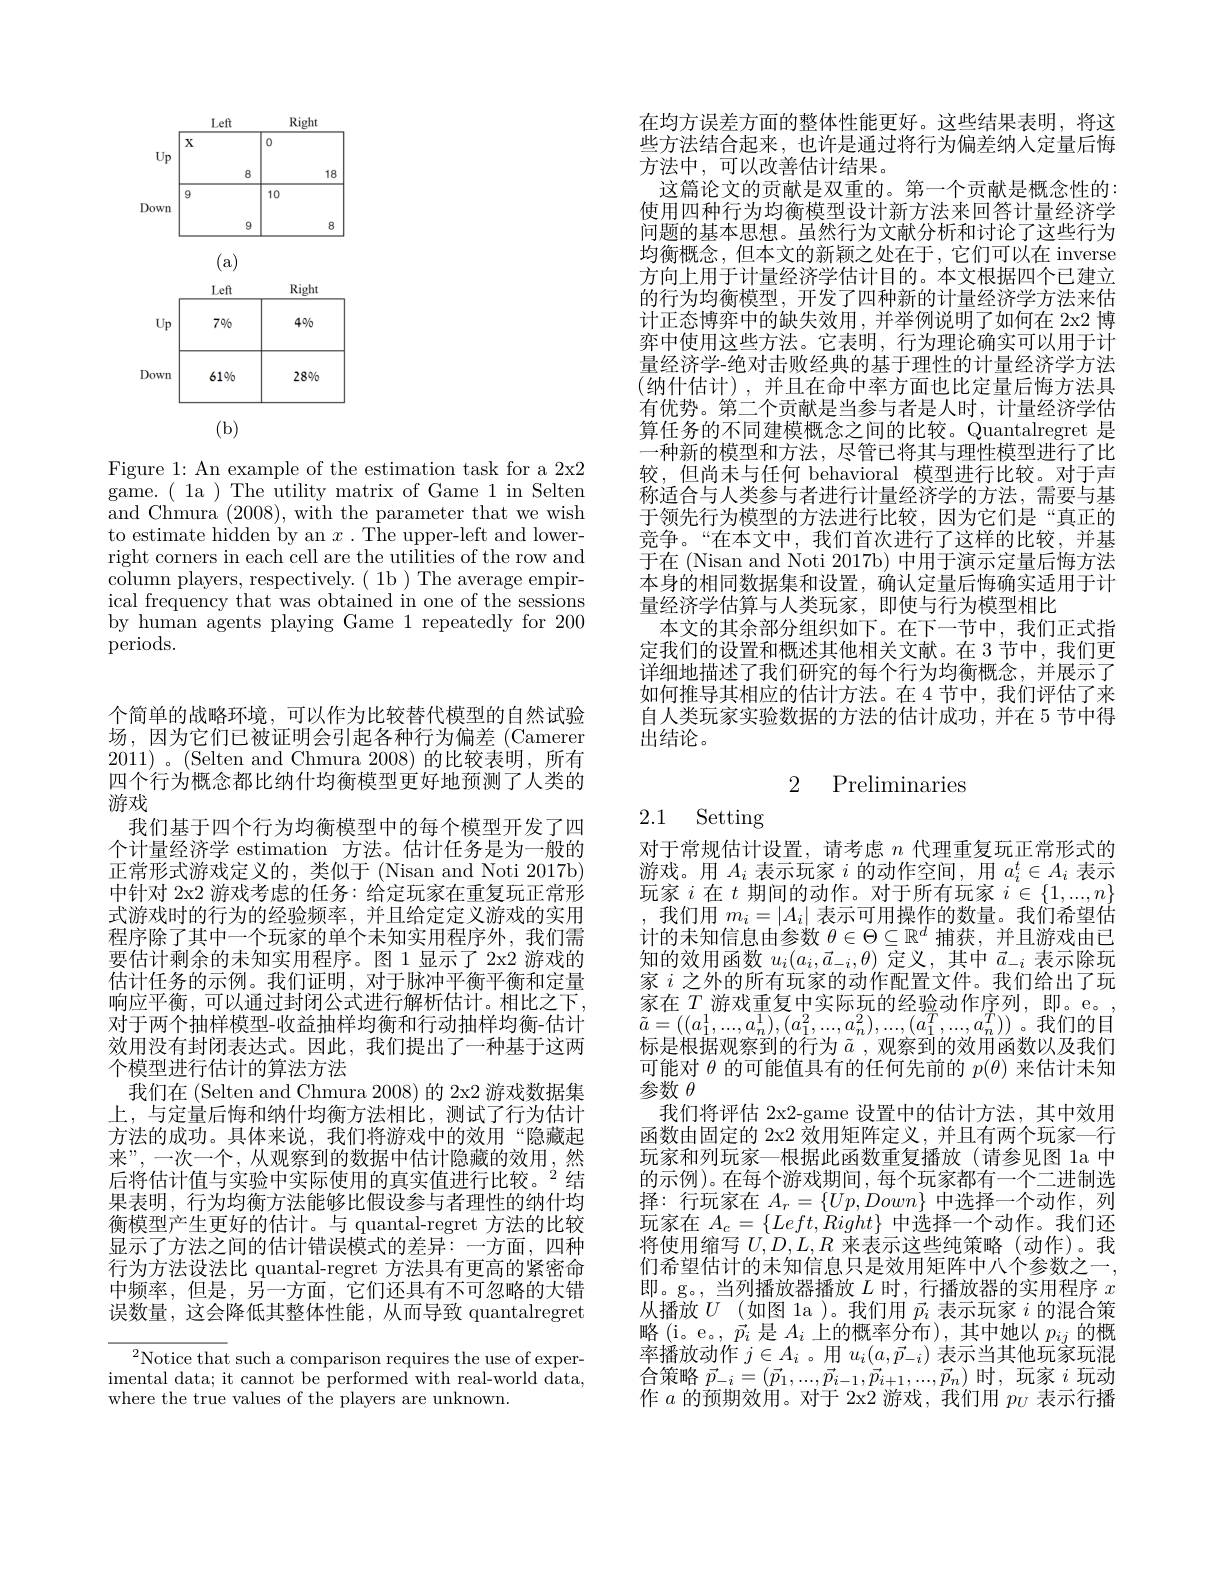
(b)

Figure 1: An example of the estimation task for a 2x2 $\bar{\mathrm{game.~(~1a~)~The~utility~matrix~of~Game~1~in~Selten}}$ and Chmura (2008), with the parameter that we wish to estimate hidden by an $x$ .The upper-left and lowerright corners in each cell are the utilities of the row and column players, respectively.( 1b ) The average empirical frequency that was obtained in one of the sessions by human agents playing Game 1 repeatedly for 200 periods.

个简单的战略环境，可以作为比较替代模型的自然试验场，因为它们已被证明会引起各种行为偏差 (Camerer 2011)。(Selten and Chmura 2008)的比较表明，所有四个行为概念都比纳什均衡模型更好地预测了人类的游戏
我们基于四个行为均衡模型中的每个模型开发了四个计量经济学 estimation 方法。估计任务是为一般的正常形式游戏定义的，类似于(Nisan and Noti 2017b) 中针对 2x2 游戏考虑的任务：给定玩家在重复玩正常形式游戏时的行为的经验频率，并且给定定义游戏的实用程序除了其中一个玩家的单个未知实用程序外，我们需要估计剩余的未知实用程序。图 1 显示了 2x2 游戏的估计任务的示例。我们证明，对于脉冲平衡平衡和定量响应平衡，可以通过封闭公式进行解析估计。相比之下， 对于两个抽样模型-收益抽样均衡和行动抽样均衡-估计效用没有封闭表达式。因此，我们提出了一种基于这两个模型进行估计的算法方法
我们在 (Selten and Chmura 2008) 的 2x2 游戏数据集上，与定量后悔和纳什均衡方法相比，测试了行为估计方法的成功。具体来说，我们将游戏中的效用“隐藏起来”,一次一个，从观察到的数据中估计隐藏的效用，然后将估计值与实验中实际使用的真实值进行比较。$^{2}$结果表明，行为均衡方法能够比假设参与者理性的纳什均衡模型产生更好的估计。与 quantal-regret 方法的比较显示了方法之间的估计错误模式的差异：一方面，四种行为方法设法比 quantal-regret 方法具有更高的紧密命中频率，但是，另一方面，它们还具有不可忽略的大错误数量，这会降低其整体性能，从而导致 quantalregret

$^{2}$Notice that such a comparison requires the use of experimental data; it cannot be performed with real-world data, where the true values of the players are unknown.

在均方误差方面的整体性能更好。这些结果表明，将这些方法结合起来，也许是通过将行为偏差纳人定量后悔方法中，可以改善估计结果。
这篇论文的贡献是双重的。第一个贡献是概念性的： 使用四种行为均衡模型设计新方法来回答计量经济学问题的基本思想。虽然行为文献分析和讨论了这些行为均衡概念，但本文的新颖之处在于，它们可以在 inverse 方向上用于计量经济学估计目的。本文根据四个已建立的行为均衡模型，开发了四种新的计量经济学方法来估计正态博弈中的缺失效用，并举例说明了如何在 2x2 博弈中使用这些方法。它表明，行为理论确实可以用于计量经济学-绝对击败经典的基于理性的计量经济学方法(纳什估计),并且在命中率方面也比定量后悔方法具有优势。第二个贡献是当参与者是人时，计量经济学估算任务的不同建模概念之间的比较。Quantalregret 是一种新的模型和方法，尽管已将其与理性模型进行了比较，但尚未与任何 behavioral 模型进行比较。对于声称适合与人类参与者进行计量经济学的方法，需要与基于领先行为模型的方法进行比较，因为它们是“真正的竞争。“在本文中，我们首次进行了这样的比较，并基于在 (Nisan and Noti 2017b) 中用于演示定量后悔方法本身的相同数据集和设置，确认定量后悔确实适用于计量经济学估算与人类玩家，即使与行为模型相比
本文的其余部分组织如下。在下一节中，我们正式指定我们的设置和概述其他相关文献。在 3 节中，我们更详细地描述了我们研究的每个行为均衡概念，并展示了如何推导其相应的估计方法。在4节中，我们评估了来自人类玩家实验数据的方法的估计成功，并在 5 节中得出结论。

# 2 Preliminaries

# 2.1 Setting

对于常规估计设置，请考虑$n$代理重复玩正常形式的游戏。用$A_i$表示玩家$i$的动作空间，用$a_i^t\in A_i$表示玩家$i$在$t$期间的动作。对于所有玩家$i\in\{1,...,n\}$
我们用$m_i=|A_i|$表示可用操作的数量。我们希望估$\begin{array}{c}\text{计的未知信息由参数 }\theta\in\Theta\subseteq\mathbb{R}^{d}\text{ 捕获，并且游戏由已}\\\text{知的效用函数 }u_{i}(a_{i},\vec{a}_{-i},\theta)\text{ 定义，其中 }\vec{a}_{-i}\text{ 表示除玩}\end{array}$ 家$i$之外的所有玩家的动作配置文件。我们给出了玩家在$T$游戏重复中实际玩的经验动作序列，即。e。, $\tilde{a}=((a_{1}^{1},...,a_{n}^{1}),(a_{1}^{2},...,a_{n}^{2}),...,(a_{1}^{T},...,a_{n}^{T}))$。我们的目标是根据观察到的行为$\tilde{a}$ ,观察到的效用函数以及我们可能对$\theta$的可能值具有的任何先前的$p(\theta)$来估计未知参数$\theta$
我们将评估 2x2-game 设置中的估计方法，其中效用函数由固定的 2x2 效用矩阵定义，并且有两个玩家一行玩家和列玩家—根据此函数重复播放(请参见图 1a 中的示例)。在每个游戏期间，每个玩家都有一个二进制选择：行玩家在$A_r=\{Up,Down\}$中选择一个动作，列玩家在$A_{c}=\{Left,Right\}$中选择一个动作。我们还将使用缩写$U,D,L,R$来表示这些纯策略(动作)。我们希望估计的未知信息只是效用矩阵中八个参数之一即。g。,当列播放器播放$L$时，行播放器的实用程序$x$ 从播放$U$ (如图 la )。我们用$\vec{p}_i$表示玩家$i$的混合策略(i。e。,$\vec{p}_i$是$A_i$上的概率分布),其中她以$p_ij$的概率播放动作$j\in A_i$ 。用$u_i(a,\vec{p}_{-i})$表示当其他玩家玩混$\begin{array}{l}{\text{合策略 }\vec{p}_{-i}=(\vec{p}_{1},...,\vec{p}_{i-1},\vec{p}_{i+1},...,\vec{p}_{n})\text{ 时，玩家 }i\text{ 玩动}}\\{\text{作 }a\text{ 的预期效用。对于 2x2 游戏，我们用 }p_{U}\text{ 表示行播}}\end{array}$